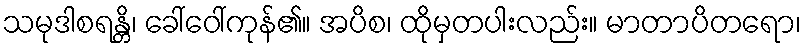
သမုဒါစရန္တိ၊ ခေါ်ဝေါ်ကုန်၏။ အပိစ၊ ထိုမှတပါးလည်း။ မာတာပိတရော၊